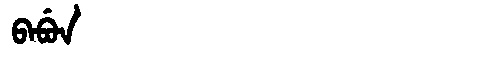
Manchu: ᠪᠠᠪᡠᠨ
Romanization: BABUN